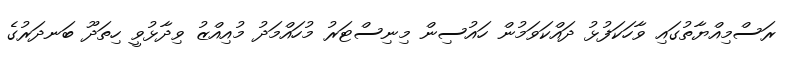
ރަސްމިއްޔާތުގައި ވާހަކަފުޅު ދައްކަވަމުން ހައުސިން މިނިސްޓަރު މުހައްމަދު މުއިއްޒު ވިދާޅުވީ ހިތަދޫ ބަނދަރުގެ